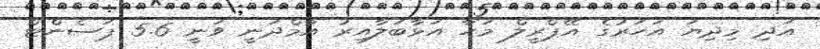
އަދި މިދިޔަ އަހަރުގެ އޭޕްރީލް މަހާ އަޅާބަލާއިރު އާމްދަނީ ވަނީ 5.6 ޕަސެންޓް